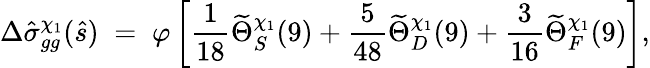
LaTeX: \Delta\hat{\sigma}_{gg}^{\chi_{1}}(\hat{s})\; =\; \varphi\left[{\frac{1}{18}}\widetilde\Theta_{S}^{\chi_{1}}(9)+{\frac{5}{48}}\widetilde\Theta_{D}^{\chi_{1}}(9)+{\frac{3}{16}}\widetilde\Theta_{F}^{\chi_{1}}(9)\right],